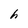
Character: h